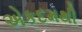
એકદમથી